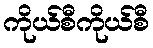
ကိုယ်စီကိုယ်စီ